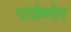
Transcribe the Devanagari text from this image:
पार्कमोर